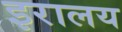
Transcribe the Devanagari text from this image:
इरालय